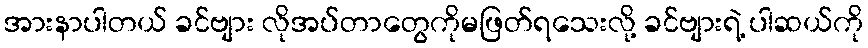
အားနာပါတယ် ခင်ဗျား လိုအပ်တာတွေကိုမဖြတ်ရသေးလို့ ခင်ဗျားရဲ့ ပါဆယ်ကို